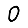
Digit: 0